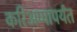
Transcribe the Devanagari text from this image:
करिअप्पापर्यंत